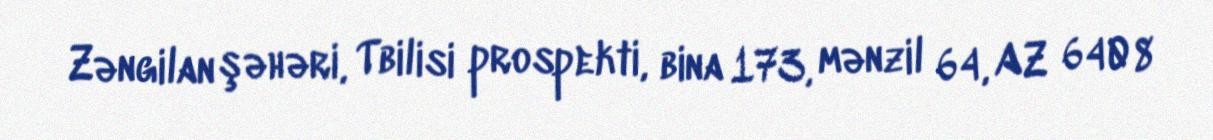
Zəngilan şəhəri, Tbilisi prospekti, bina 173, mənzil 64, AZ 6408